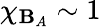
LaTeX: \chi_{\mathbf{B}_{A}}\sim1